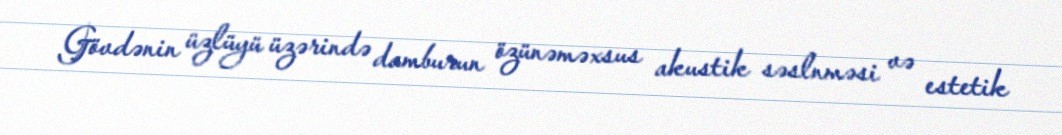
Gövdənin üzlüyü üzərində damburun özünəməxsus akustik səslnməsi və estetik